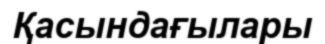
Қасындағылары